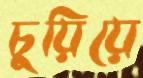
চুয়িয়ে